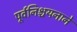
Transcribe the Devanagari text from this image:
पूर्वनिश्चयनाने